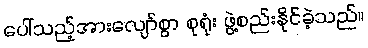
ပေါ်သည့်အားလျော်စွာ စုရုံး ဖွဲ့စည်းနိုင်ခဲ့သည်။